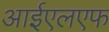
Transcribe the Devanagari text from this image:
आईएलएफ